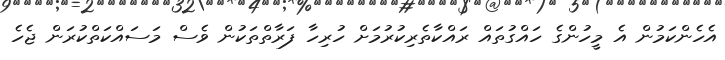
އެހެންކަމުން އެ މީހުންގެ ހައްގުތައް ރައްކާތެރިކުރުމަށް ހުރިހާ ފަރާތްތަކުން ވެސް މަސައްކަތްކުރަން ޖެހެ